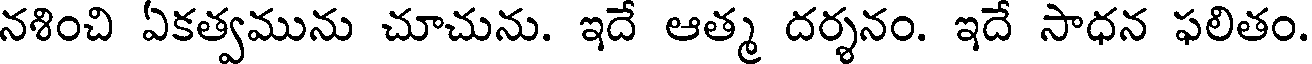
నశించి ఏకత్వమును చూచును. ఇదే ఆత్మ దర్శనం. ఇదే సాధన ఫలితం